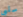
سلبى